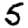
Digit: 5